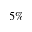
5 \%